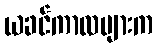
ယခင်ကာလများက